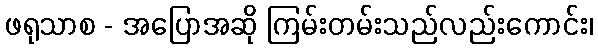
ဖရုသာစ - အပြောအဆို ကြမ်းတမ်းသည်လည်းကောင်း၊